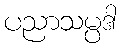
ပညာသမ္ပဒါ